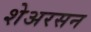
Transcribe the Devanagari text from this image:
शेअरसन